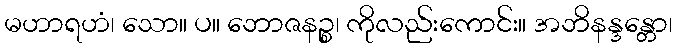
မဟာရဟံ၊ သော။ ပ။ ဘောဇနဉ္စ၊ ကိုလည်းကောင်း။ အဘိနန္ဒန္တော၊